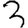
Digit: 3